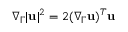
\nabla _ { \Gamma } | \mathbf u | ^ { 2 } = 2 ( \nabla _ { \Gamma } \mathbf u ) ^ { T } \mathbf u